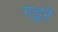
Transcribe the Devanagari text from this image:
गट्ठरे